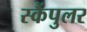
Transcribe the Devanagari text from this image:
स्कैंपुलर